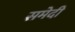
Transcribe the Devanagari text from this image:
समेदी